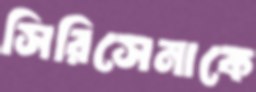
সিরিসেনাকে